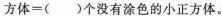
方体=( )个没有涂色的小正方体。